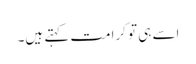
اسے ہی تو کرامت کہتے ہیں۔